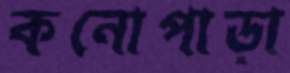
কনোপাড়া